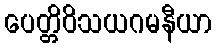
ပေတ္တိဝိသယဂမနီယာ